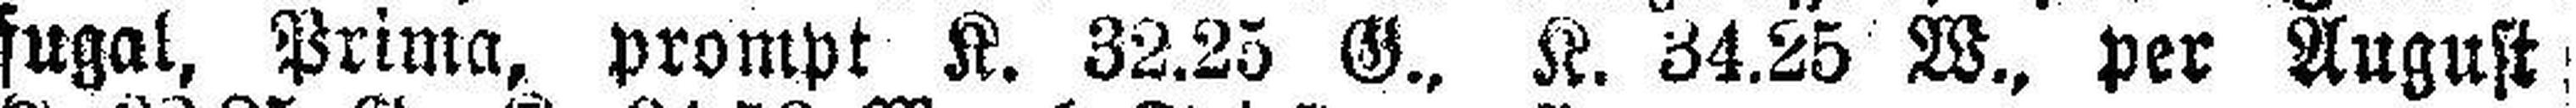
fugal, Prima, prompt K. 32.25 G., K. 34.25 W., per August